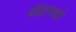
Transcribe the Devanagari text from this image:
बौद्धाभर्या